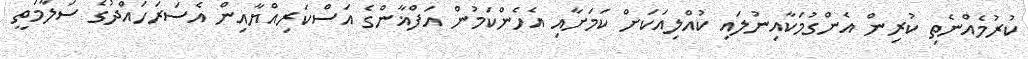
ކުރުމެއްނެތި ކުރިން އެންގުމަކާއިނުލައި ކުއްލިއަކަށް ކަމަށާއި އެހެންކަމުން އަފްޣާންގެ އަސްކަރިއްޔާއިން އެސަރަހައްދުގެ ސަލާމަތީ